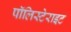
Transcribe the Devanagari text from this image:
पॉलिस्टेराइट